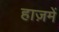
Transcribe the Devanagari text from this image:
हाज़में